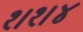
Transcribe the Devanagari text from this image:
१।१।४